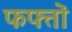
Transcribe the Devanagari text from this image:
फफ्तों